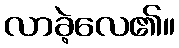
လာခဲ့လေ၏။